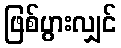
ဖြစ်ပွားလျှင်